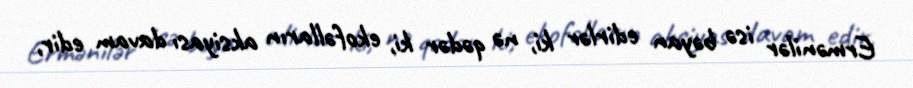
Ermənilər isə bəyan edirlər ki, nə qədər ki, ekofəlların aksiyası davam edir,